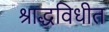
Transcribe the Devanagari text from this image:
श्राद्धविधीत